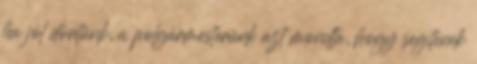
ha jól döntünk, a polgármesterünk azt mondta, hogy segítenek